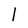
Character: 1